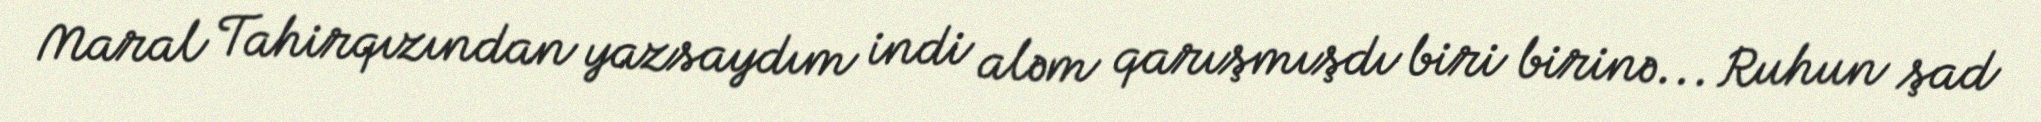
Maral Tahirqızından yazsaydım indi aləm qarışmışdı biri birinə... Ruhun şad